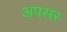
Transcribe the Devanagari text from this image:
अपसर